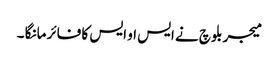
میجر بلوچ نے ایس او ایس کا فائر مانگا ۔